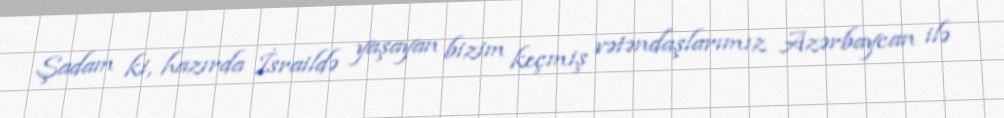
Şadam ki, hazırda İsraildə yaşayan bizim keçmiş vətəndaşlarımız Azərbaycan ilə